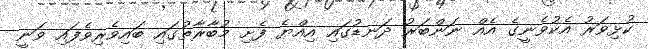
ކުޅިވަރު އެކުވެނީގެ އެއް ނަންބަރު ދަނޑުގައި އިއްޔެ ފެށި މުބާރާތުގައި ބައިވެރިވެފައި ވަނީ